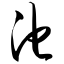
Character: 池